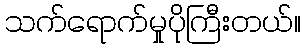
သက်ရောက်မှုပိုကြီးတယ်။